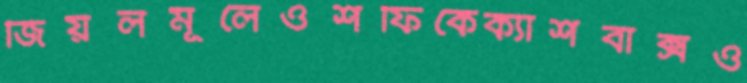
জিয়লমূলেওশফিকেক্যাশবাক্সও